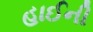
હાઈની